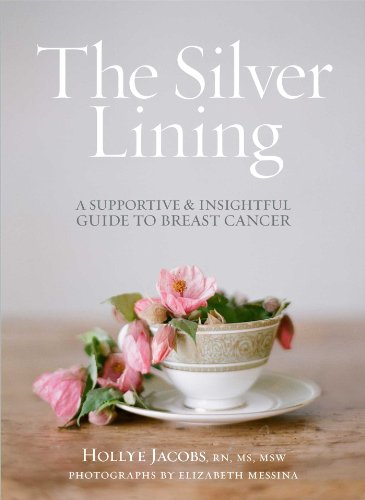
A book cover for The Silver Lining: A Supportive and Insightful Guide to Breast Cancer; Hollye Jacobs RN  MS  MSW; Health, Fitness & Dieting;